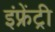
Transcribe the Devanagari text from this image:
इंफ्रेंट्री